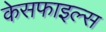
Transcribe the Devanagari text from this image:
केसफाइल्स